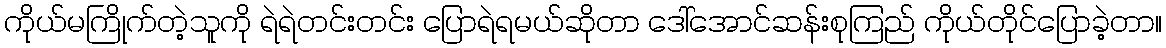
ကိုယ်မကြိုက်တဲ့သူကို ရဲရဲတင်းတင်း ပြောရဲရမယ်ဆိုတာ ဒေါ်အောင်ဆန်းစုကြည် ကိုယ်တိုင်ပြောခဲ့တာ။